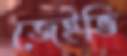
জেইভি